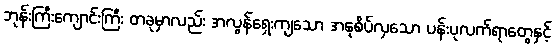
ဘုန်းကြီးကျောင်းကြီး တခုမှာလည်း အလွန်ရှေးကျသော အနုစိပ်လှသော ပန်းပုလက်ရာတွေနှင့်